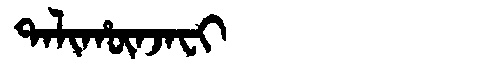
Manchu: ᡨᠠᠯᡳᡥᡡᠨᠵᠠᠸᡳ
Romanization: TALIHŪNJAFI